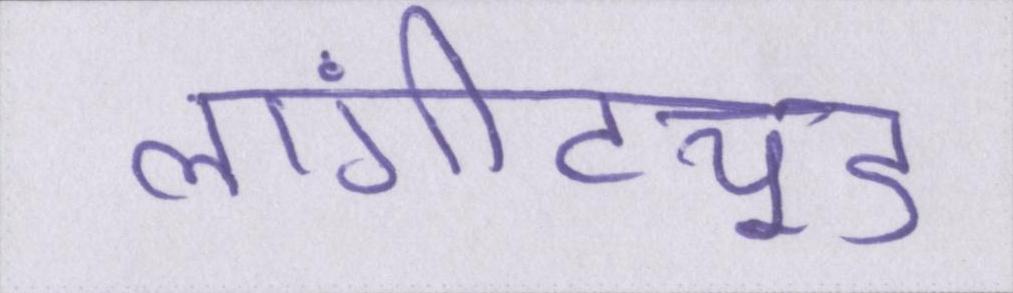
लांगीट्यूड